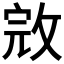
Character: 𢽉